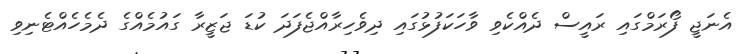
އެނަޖީ ފޯރަމްގައި ރައީސް ދެއްކެވި ވާހަކަފުޅުގައި ދިވެހިރާއްޖެފަދަ ކުޑަ ޖަޒީރާ ގައުމެއްގެ ދެމެހެއްޓެނިވި